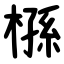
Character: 槂